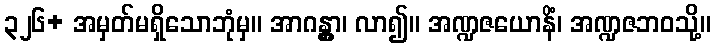
၃၂၆+ အမှတ်မရှိသောဘုံမှ။ အာဂန္တွာ၊ လာ၍။ အဏ္ဍဇယောနိံ၊ အဏ္ဍဇဘဝသို့။